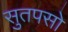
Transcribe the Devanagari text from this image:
सुतपसो